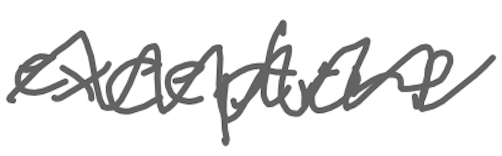
Text: exceptions
Cross-out: zig-zag
Writing tool: digital_gray